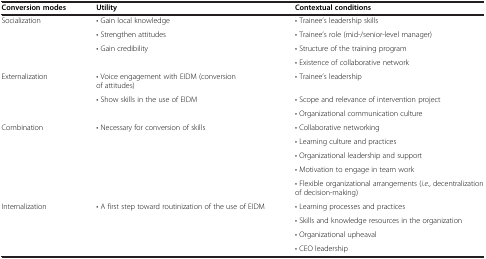
<table><thead><tr><td><b>Conversion modes</b></td><td><b>Utility</b></td><td><b>Contextual conditions</b></td></tr></thead><tbody><tr><td rowspan="4">Socialization</td><td>• Gain local knowledge</td><td>• Trainee’s leadership skills</td></tr><tr><td>• Strengthen attitudes</td><td>• Trainee’s role (mid-/senior-level manager)</td></tr><tr><td rowspan="2">• Gain credibility</td><td>• Structure of the training program</td></tr><tr><td>• Existence of collaborative network</td></tr><tr><td rowspan="3">Externalization</td><td>• Voice engagement with EIDM (conversion of attitudes)</td><td>• Trainee’s leadership</td></tr><tr><td rowspan="2">• Show skills in the use of EIDM</td><td>• Scope and relevance of intervention project</td></tr><tr><td>• Organizational communication culture</td></tr><tr><td rowspan="5">Combination</td><td rowspan="5">• Necessary for conversion of skills</td><td>• Collaborative networking</td></tr><tr><td>• Learning culture and practices</td></tr><tr><td>• Organizational leadership and support</td></tr><tr><td>• Motivation to engage in team work</td></tr><tr><td>• Flexible organizational arrangements (<i>i.e.</i>, decentralization of decision-making)</td></tr><tr><td rowspan="3">Internalization</td><td rowspan="3">• A first step toward routinization of the use of EIDM</td><td>• Learning processes and practices</td></tr><tr><td>• Skills and knowledge resources in the organization</td></tr><tr><td>• Organizational upheaval</td></tr><tr><td> </td><td> </td><td>• CEO leadership</td></tr></tbody></table>